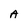
Character: A